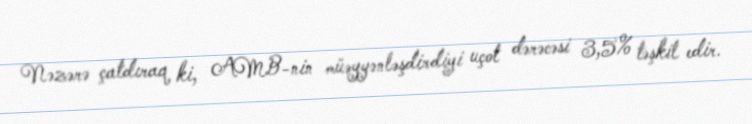
Nəzərə çatdıraq ki, AMB-nin müəyyənləşdirdiyi uçot dərəcəsi 3,5% təşkil edir.